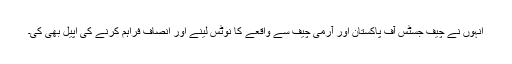
انہوں نے چیف جسٹس آف پاکستان اور آرمی چیف سے واقعے کا نوٹس لینے اور انصاف فراہم کرنے کی اپیل بھی کی۔